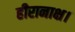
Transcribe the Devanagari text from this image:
हीरानाक्ष।